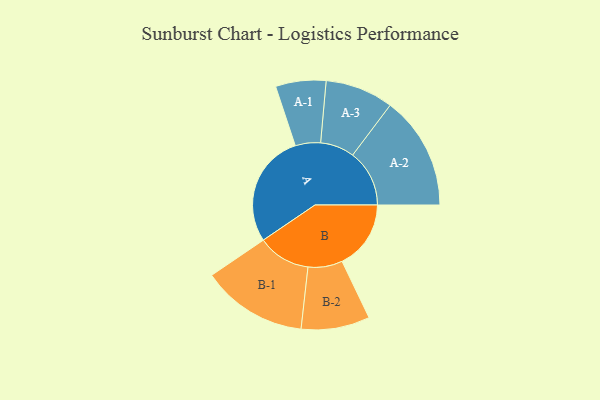
{"axis": {"x": "Segment", "y": "Value"}, "legend": ["", "A", "B"], "data": [{"x": "A", "y": 495, "type": ""}, {"x": "B", "y": 301, "type": ""}, {"x": "A-1", "y": 110, "type": "A"}, {"x": "A-2", "y": 248, "type": "A"}, {"x": "A-3", "y": 149, "type": "A"}, {"x": "B-1", "y": 231, "type": "B"}, {"x": "B-2", "y": 150, "type": "B"}]}